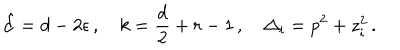
\hat { d } = d - 2 \epsilon \, , \quad k = \frac { d } { 2 } + r - 1 \, , \quad \Delta _ { i } = p ^ { 2 } + z _ { i } ^ { 2 } \, .